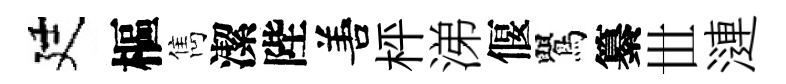
廷樞雋潔陛𠵊枰涕偃鸎纂𠀍漣